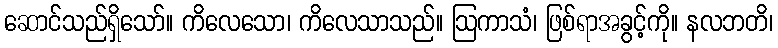
ဆောင်သည်ရှိသော်။ ကိလေသော၊ ကိလေသာသည်။ ဩကာသံ၊ ဖြစ်ရာအခွင့်ကို။ နလဘတိ၊